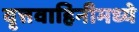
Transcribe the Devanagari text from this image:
वृत्तवाहिनीमध्ये